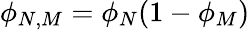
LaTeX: \phi_{N,M}=\phi_{N}(1-\phi_{M})